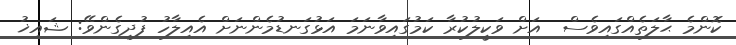
ކޮންމެ ޙާލަތެއްގައިވެސް  އަށް ވަކީލުކުރާ ކަމުގައިވާނަމަ އަޅުގަނޑުމެންނަށް އެއިލާހު ފުދިގެންވޭ: ޝައިޚު